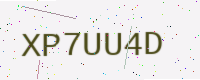
Text: XP7UU4D